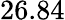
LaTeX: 26.84